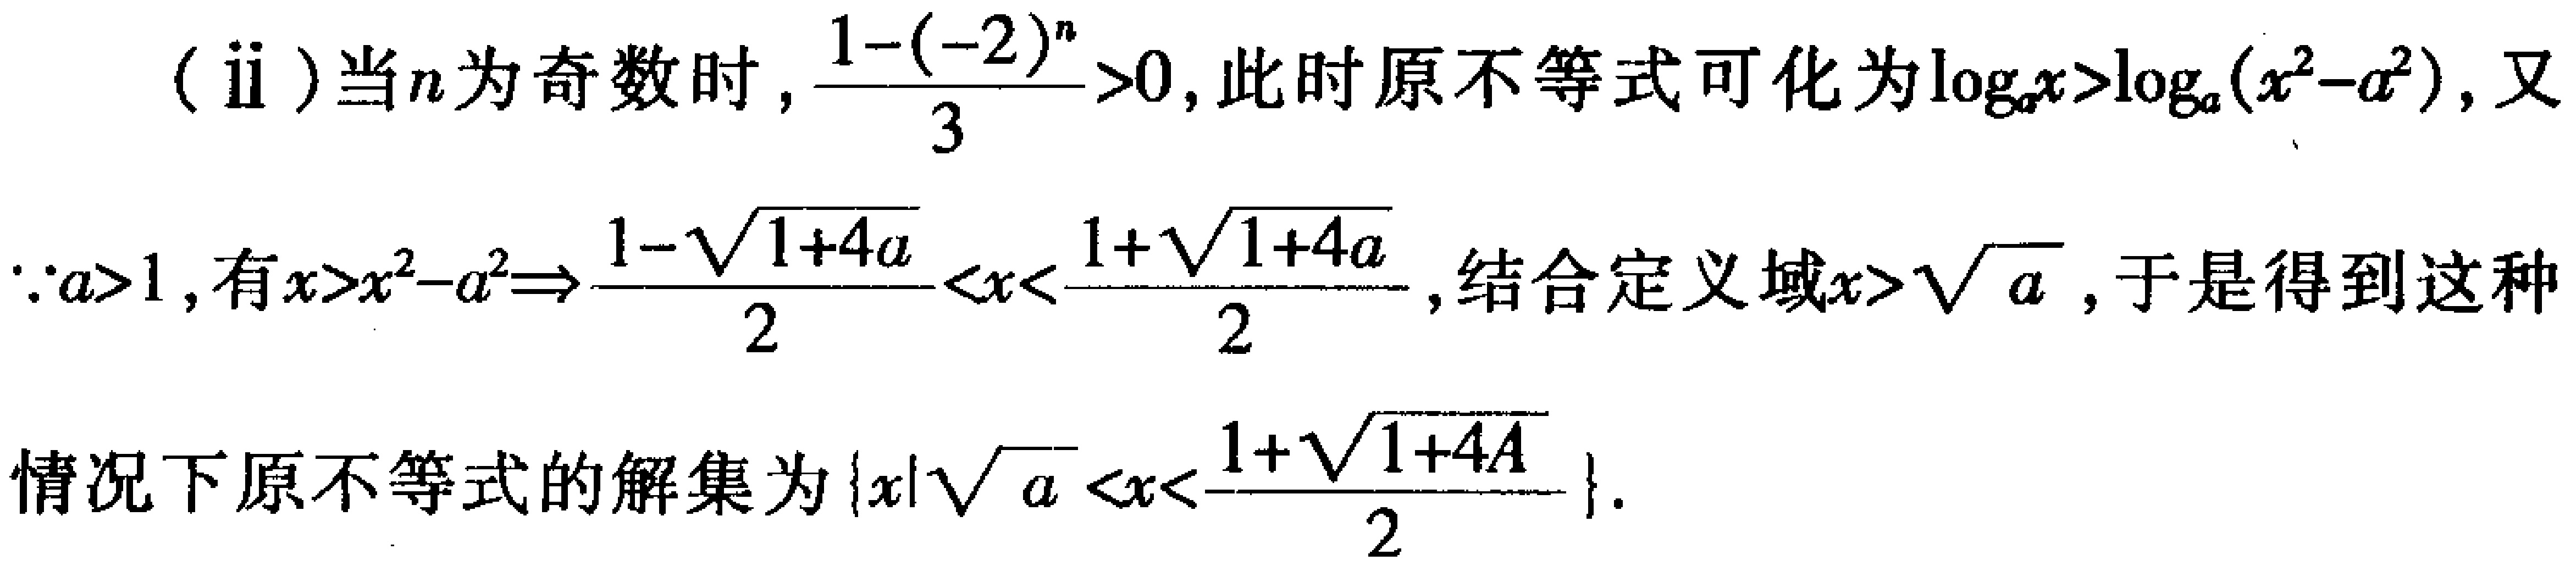
(ii)当\(n\)为奇数时，\(\frac{1 - (-2)^n}{3}>0\)，此时原不等式可化为\(\log_{a}x>\log_{a}(x^{2}-a^{2})\)，又

\(\because a > 1\)，有\(x>x^{2}-a^{2}\Rightarrow\frac{1 - \sqrt{1 + 4a}}{2}<x<\frac{1+\sqrt{1 + 4a}}{2}\)，结合定义域\(x>\sqrt{a}\)，于是得到这种

情况下原不等式的解集为\(\{x|\sqrt{a}<x<\frac{1+\sqrt{1 + 4a}}{2}\}\)。